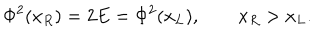
LaTeX: \Phi ^ { 2 } ( x _ { R } ) = 2 E = \Phi ^ { 2 } ( x _ { L } ) , \qquad x _ { R } > x _ { L } .